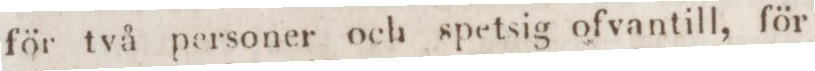
för två personer och spetsig ofvantill, för